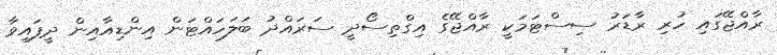
ރާއްޖޭގައި ހުރި ރާޑަރު ސިސްޓަމަކީ ރާއްޖޭގެ އިގްތިސޯދީ ސަރައްދު ބަލަހައްޓަން އިންޑިއާއިން ދީފައިވާ